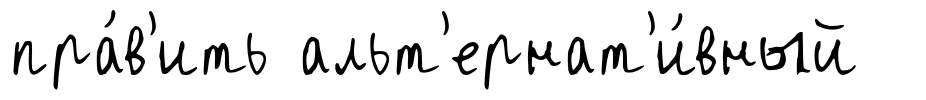
пра́в'ить альт'ернат'и́вный